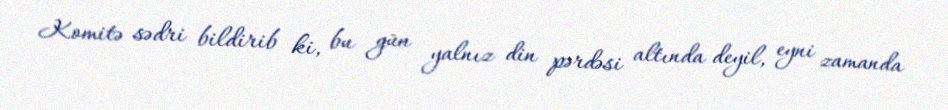
Komitə sədri bildirib ki, bu gün yalnız din pərdəsi altında deyil, eyni zamanda